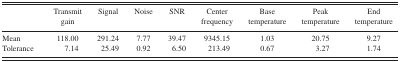
<table><thead><tr><td></td><td><b>Transmit gain</b></td><td><b>Signal</b></td><td><b>Noise</b></td><td><b>SNR</b></td><td><b>Center frequency</b></td><td><b>Base temperature</b></td><td><b>Peak temperature</b></td><td><b>End temperature</b></td></tr></thead><tbody><tr><td>Mean</td><td>118.00</td><td>291.24</td><td>7.77</td><td>39.47</td><td>9345.15</td><td>1.03</td><td>20.75</td><td>9.27</td></tr><tr><td>Tolerance</td><td>7.14</td><td>25.49</td><td>0.92</td><td>6.50</td><td>213.49</td><td>0.67</td><td>3.27</td><td>1.74</td></tr></tbody></table>